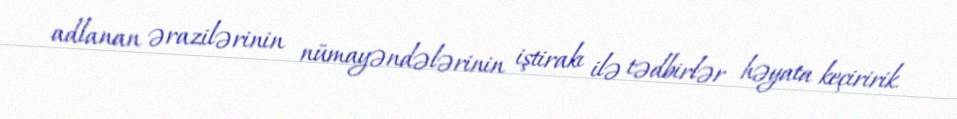
adlanan ərazilərinin nümayəndələrinin iştirakı ilə tədbirlər həyata keçiririk.